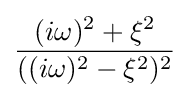
{\frac {(i\omega )^{2}+\xi ^{2}}{((i\omega )^{2}-\xi ^{2})^{2}}}